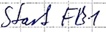
Text: Start FB1